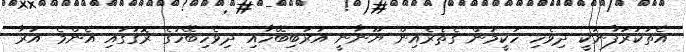
އެތަކުރުފާނަކީ ދިވެހި ހަކީމުން ގެތެރެއިން ޔޫނާނީ އަރަބިބޭހާއި ދިވެހިބޭހުގެ ރޮގުގައި އެންމެ އަރާ